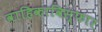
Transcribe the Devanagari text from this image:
वाहिकाविस्फार